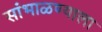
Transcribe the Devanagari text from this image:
सांभाळण्याला